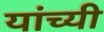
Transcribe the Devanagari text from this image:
यांच्यी